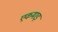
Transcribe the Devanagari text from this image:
एकमाइ